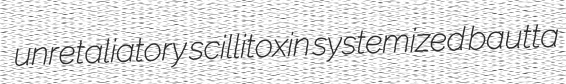
unretaliatory scillitoxin systemized bautta